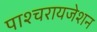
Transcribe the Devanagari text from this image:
पाश्‍चरायजेशन